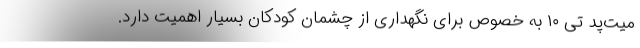
میت‌پد تی ۱۰ به خصوص برای نگهداری از چشمان کودکان بسیار اهمیت دارد.